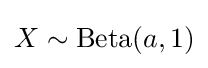
X\sim {\textrm {Beta}}(a,1)